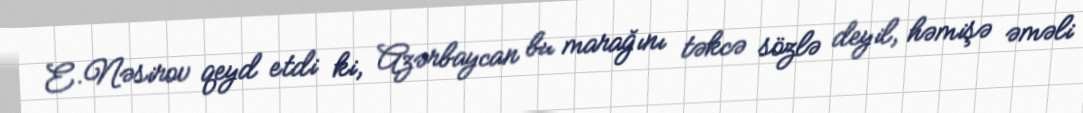
E.Nəsirov qeyd etdi ki, Azərbaycan bu marağını təkcə sözlə deyil, həmişə əməli